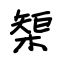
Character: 榘